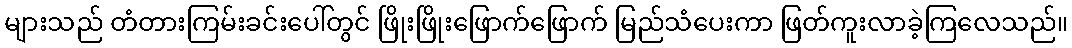
များသည် တံတားကြမ်းခင်းပေါ်တွင် ဖြိုးဖြိုးဖြောက်ဖြောက် မြည်သံပေးကာ ဖြတ်ကူးလာခဲ့ကြလေသည်။